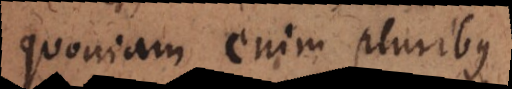
quoniam enim pluribus